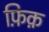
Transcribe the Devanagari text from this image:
फ़िक़